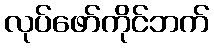
လုပ်ဖော်ကိုင်ဘက်